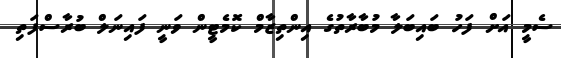
ސެމީ އަށް ފަހު ބައިބަލާ މުބާރާތުގެ އިންތިޒާމް ކޮމެޓީން ވަނީ ފައިނަލް ބުރާސްފަތި